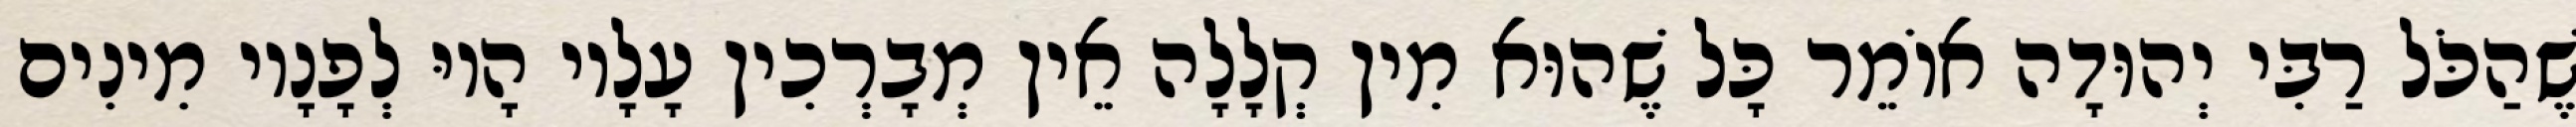
שֶׁהַכֹּל רַבִּי יְהוּדָה אוֹמֵר כָּל שֶׁהוּא מִין קְלָלָה אֵין מְבָרְכִין עָלָיו הָיוּ לְפָנָיו מִינִים